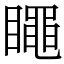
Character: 𥋝